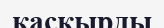
касқырды